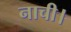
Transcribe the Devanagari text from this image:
नाची।